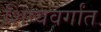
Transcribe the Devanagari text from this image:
शिष्यवर्गांत